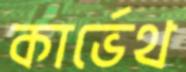
কার্ভেথ